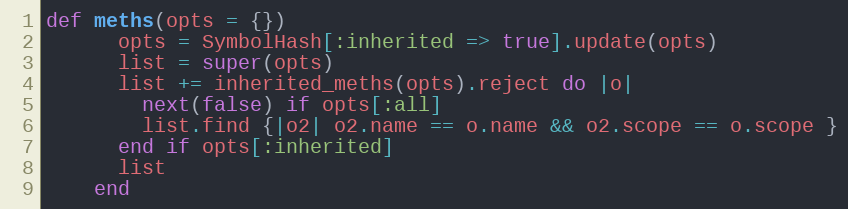
Language: Ruby
def meths(opts = {})
      opts = SymbolHash[:inherited => true].update(opts)
      list = super(opts)
      list += inherited_meths(opts).reject do |o|
        next(false) if opts[:all]
        list.find {|o2| o2.name == o.name && o2.scope == o.scope }
      end if opts[:inherited]
      list
    end